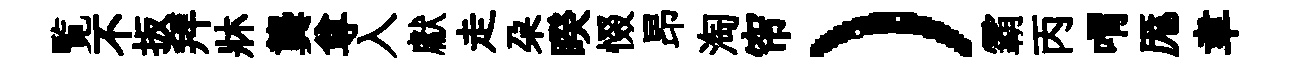
覧不扳拜牀龔尊入獻走朶睽惙昂淘帘）霸丙喟厖聿